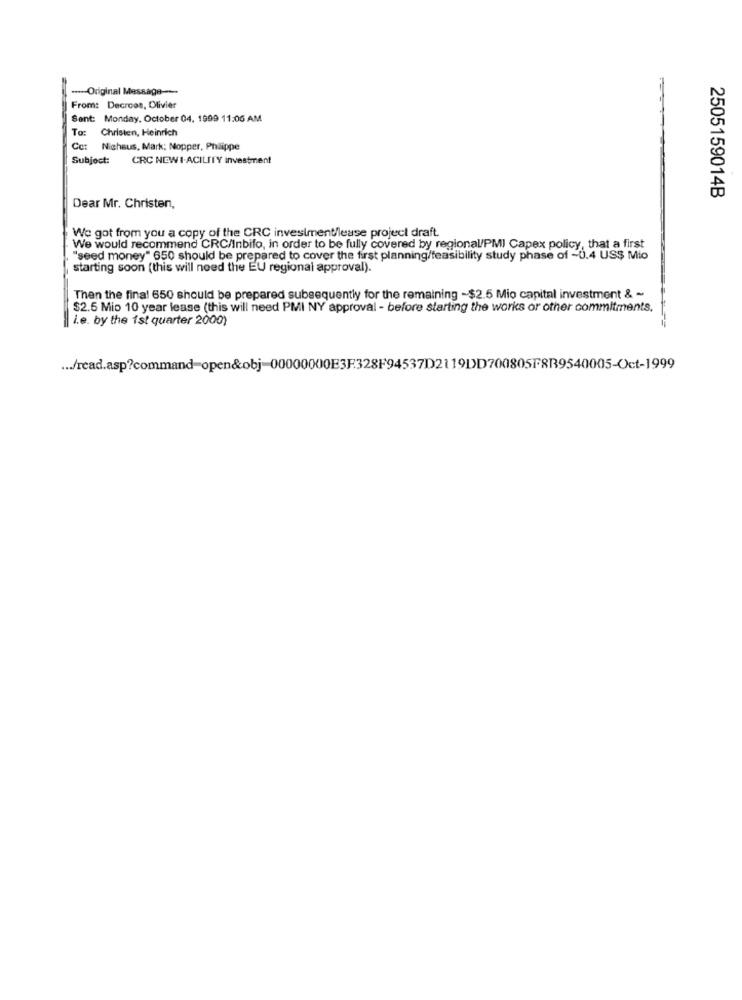
----- Original Message --
From: Decroes, Olivier
Sent: Monday, October 04. 1999 11:06 AM
To:
Christen, Heinrich
: Nichsus, Mark; Nopper, Philippe
Subject:
CRC NEW I-ACILITY investment
2505159014B
Dear Mr. Christen,
We got from you a copy of the CRC investment/lease project draft.
We would recommend CRC/Inbifo, in order to be fully covered by regional/PMI Capex policy, that a first
"seed money" 650 should be prepared to cover the first planning/feasibility study phase of -0.4 US$ Mio
starting soon (this will need the EU regional approval).
Then the final 650 should be prepared subsequently for the remaining -$2.5 Mio capital investment & -
$2.5 Mio 10 year lease (this will need PMI NY approval - before starting the works or other commitments.
i.e. by the 1st quarter 2000)
... /read.asp?command-open&obj-00000000E3F328F94537D2119DD700805F8R9540005-Oct-1999